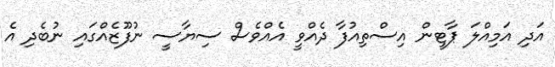
އަދި އަމިއްލަ ޕާޓީން އިސްތިއުފާ ދެއްވީ އެއްވެސް ސިޔާސީ ނުފޫޒެއްގައި ނުބެދި އެ